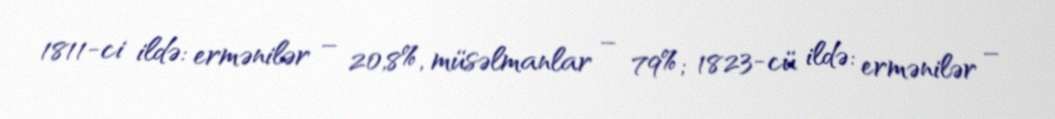
1811-ci ildə: ermənilər – 20,8%, müsəlmanlar – 79%; 1823-cü ildə: ermənilər –